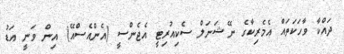
ދައްކާ ވާހަަކަތައް އެމެރިކާގެ ނޭޝަނަލް ސެކިއުރިޓީ އެޖެންސީ (އެންއެސްއޭ) އިން ވަނީ އަޑު